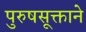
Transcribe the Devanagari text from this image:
पुरुषसूक्ताने